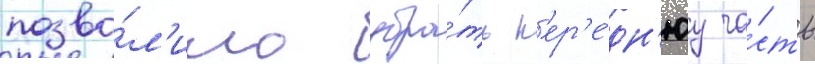
позво́л'ило убра́ть п'ер'е́дн'юу ча́сть